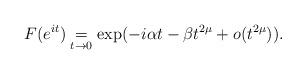
LaTeX: \begin{align*}F(e^{it})\underset{t\rightarrow 0}= \exp(-i\alpha t -\beta t^{2\mu}+o(t^{2\mu})). \end{align*}